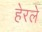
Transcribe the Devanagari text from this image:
हेरलेे